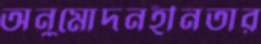
অনুমোদনহীনতার